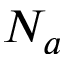
N _ { a }